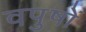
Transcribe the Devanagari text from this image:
वपुषों